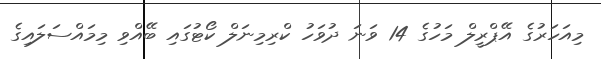
މިއަހަރުގެ އޭޕްރީލް މަހުގެ 14 ވަނަ ދުވަހު ކްރިމިނަލް ކޯޓުގައި ބޭއްވި މިމައްސަލައިގެ